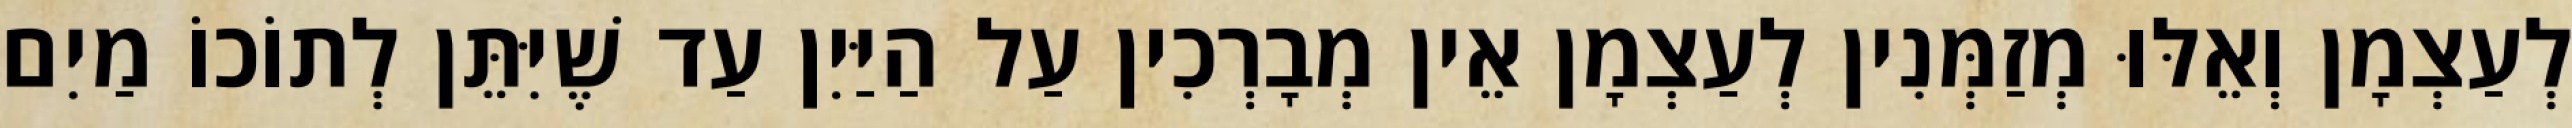
לְעַצְמָן וְאֵלּוּ מְזַמְּנִין לְעַצְמָן אֵין מְבָרְכִין עַל הַיַּיִן עַד שֶׁיִּתֵּן לְתוֹכוֹ מַיִם